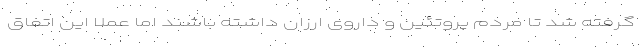
گرفته شد تا مردم پروتئین و داروی ارزان داشته باشند اما عملاً این اتفاق